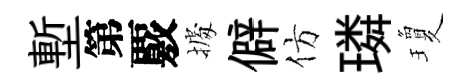
塹第覈𢴃僻仿璘瓊